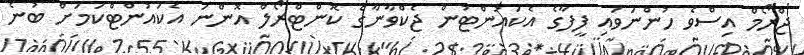
ޖްރޯމް އިސްވެ ހުންނަވައި ފީފާގެ އެކައުންޓުން ޖެކްވާނާގެ ކޮންޓްރޯލް އޮންނަ އެކައުންޓްކަމަށް ބުނެ